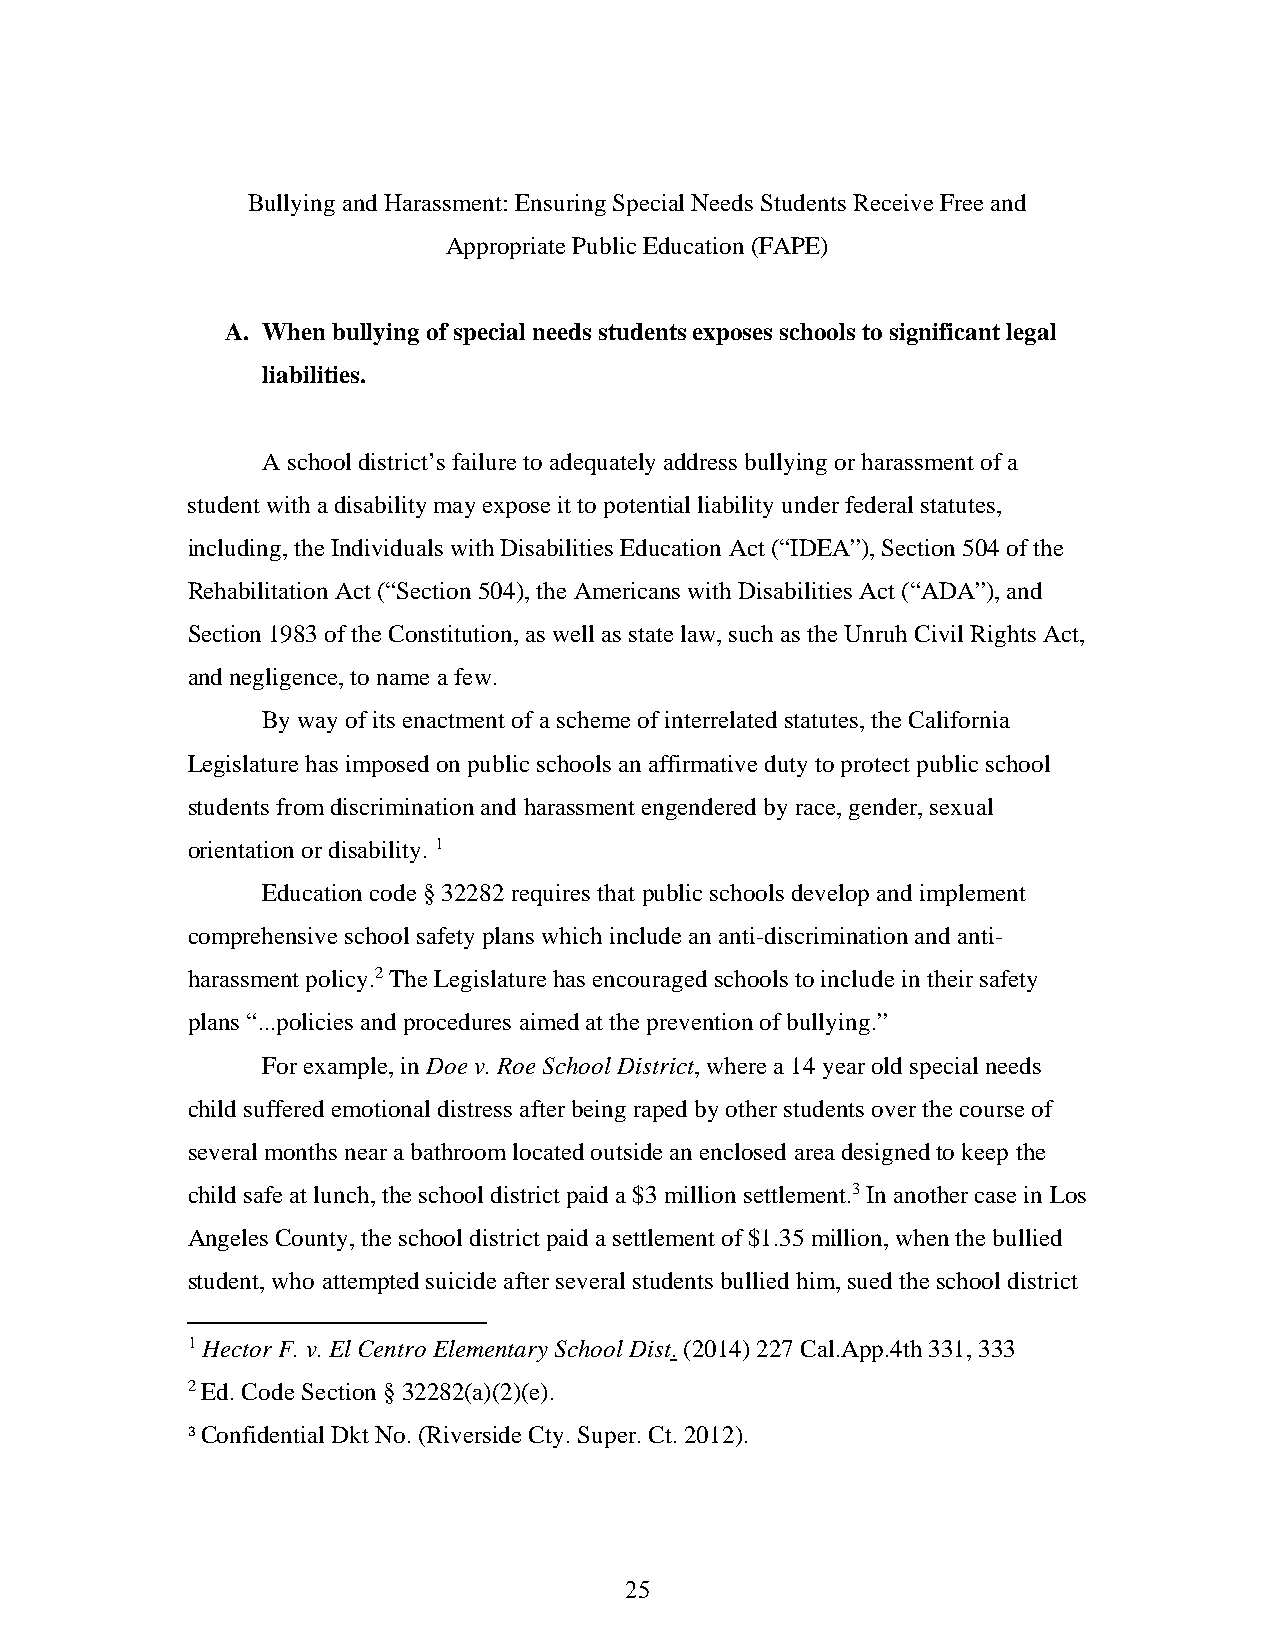
Bullying and Harassment: Ensuring Special Needs Students Receive Free and
 Appropriate Public Education (FAPE)
 A. When bullying of special needs students exposes schools to significant legal
 liabilities.
 A school district’s failure to adequately address bullying or harassment of a
 student with a disability may expose it to potential liability under federal statutes,
 including, the Individuals with Disabilities Education Act (“IDEA”), Section 504 of the
 Rehabilitation Act (“Section 504), the Americans with Disabilities Act (“ADA”), and
 Section 1983 of the Constitution, as well as state law, such as the Unruh Civil Rights Act,
 and negligence, to name a few.
 By way of its enactment of a scheme of interrelated statutes, the California
 Legislature has imposed on public schools an affirmative duty to protect public school
 students from discrimination and harassment engendered by race, gender, sexual
 orientation or disability. 1
 Education code § 32282 requires that public schools develop and implement
 comprehensive school safety plans which include an anti-discrimination and anti-
 harassment policy.2 The Legislature has encouraged schools to include in their safety
 plans “...policies and procedures aimed at the prevention of bullying.”
 For example, in Doe v. Roe School District, where a 14 year old special needs
 child suffered emotional distress after being raped by other students over the course of
 several months near a bathroom located outside an enclosed area designed to keep the
 child safe at lunch, the school district paid a $3 million settlement.3 In another case in Los
 Angeles County, the school district paid a settlement of $1.35 million, when the bullied
 student, who attempted suicide after several students bullied him, sued the school district
 1 Hector F. v. El Centro Elementary School Dist. (2014) 227 Cal.App.4th 331, 333
 2 Ed. Code Section § 32282(a)(2)(e).
 3 Confidential Dkt No. (Riverside Cty. Super. Ct. 2012).
 25